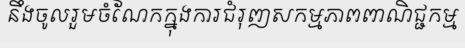
នឹងចូលរួមចំណែកក្នុងការជំរុញសកម្មភាពពាណិជ្ជកម្ម